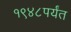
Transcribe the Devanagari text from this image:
१९४८पर्यंत